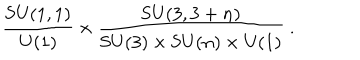
LaTeX: \frac { \mathrm { S U } ( 1 , 1 ) } { \mathrm { U } ( 1 ) } \times \frac { \mathrm { S U } ( 3 , 3 + n ) } { \mathrm { S U } ( 3 ) \times \mathrm { S U } ( n ) \times \mathrm { U } ( 1 ) } ~ .